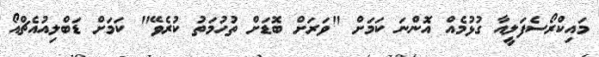
މައިކްރޯސެފަލީއާ ގުޅުމެއް އޮންނަ ކަމަށް "ވަރަށް ބޮޑަށް ތުހުމަތު ކުރެވޭ" ކަމަށް ޑަބްލިއުއެޗްއޯ